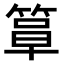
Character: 𫂍